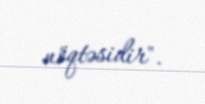
nöqtəsidir".